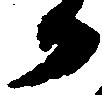
か